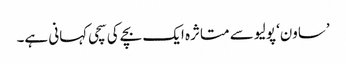
’ساون‘ پولیو سے متاثرہ ایک بچے کی سچی کہانی ہے۔